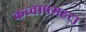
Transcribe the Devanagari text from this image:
कच्चापगहटा